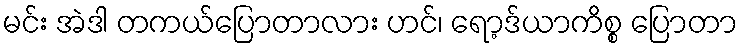
မင်း အဲဒါ တကယ်ပြောတာလား ဟင်၊ ရော့ဒ်ယာကိစ္စ ပြောတာ